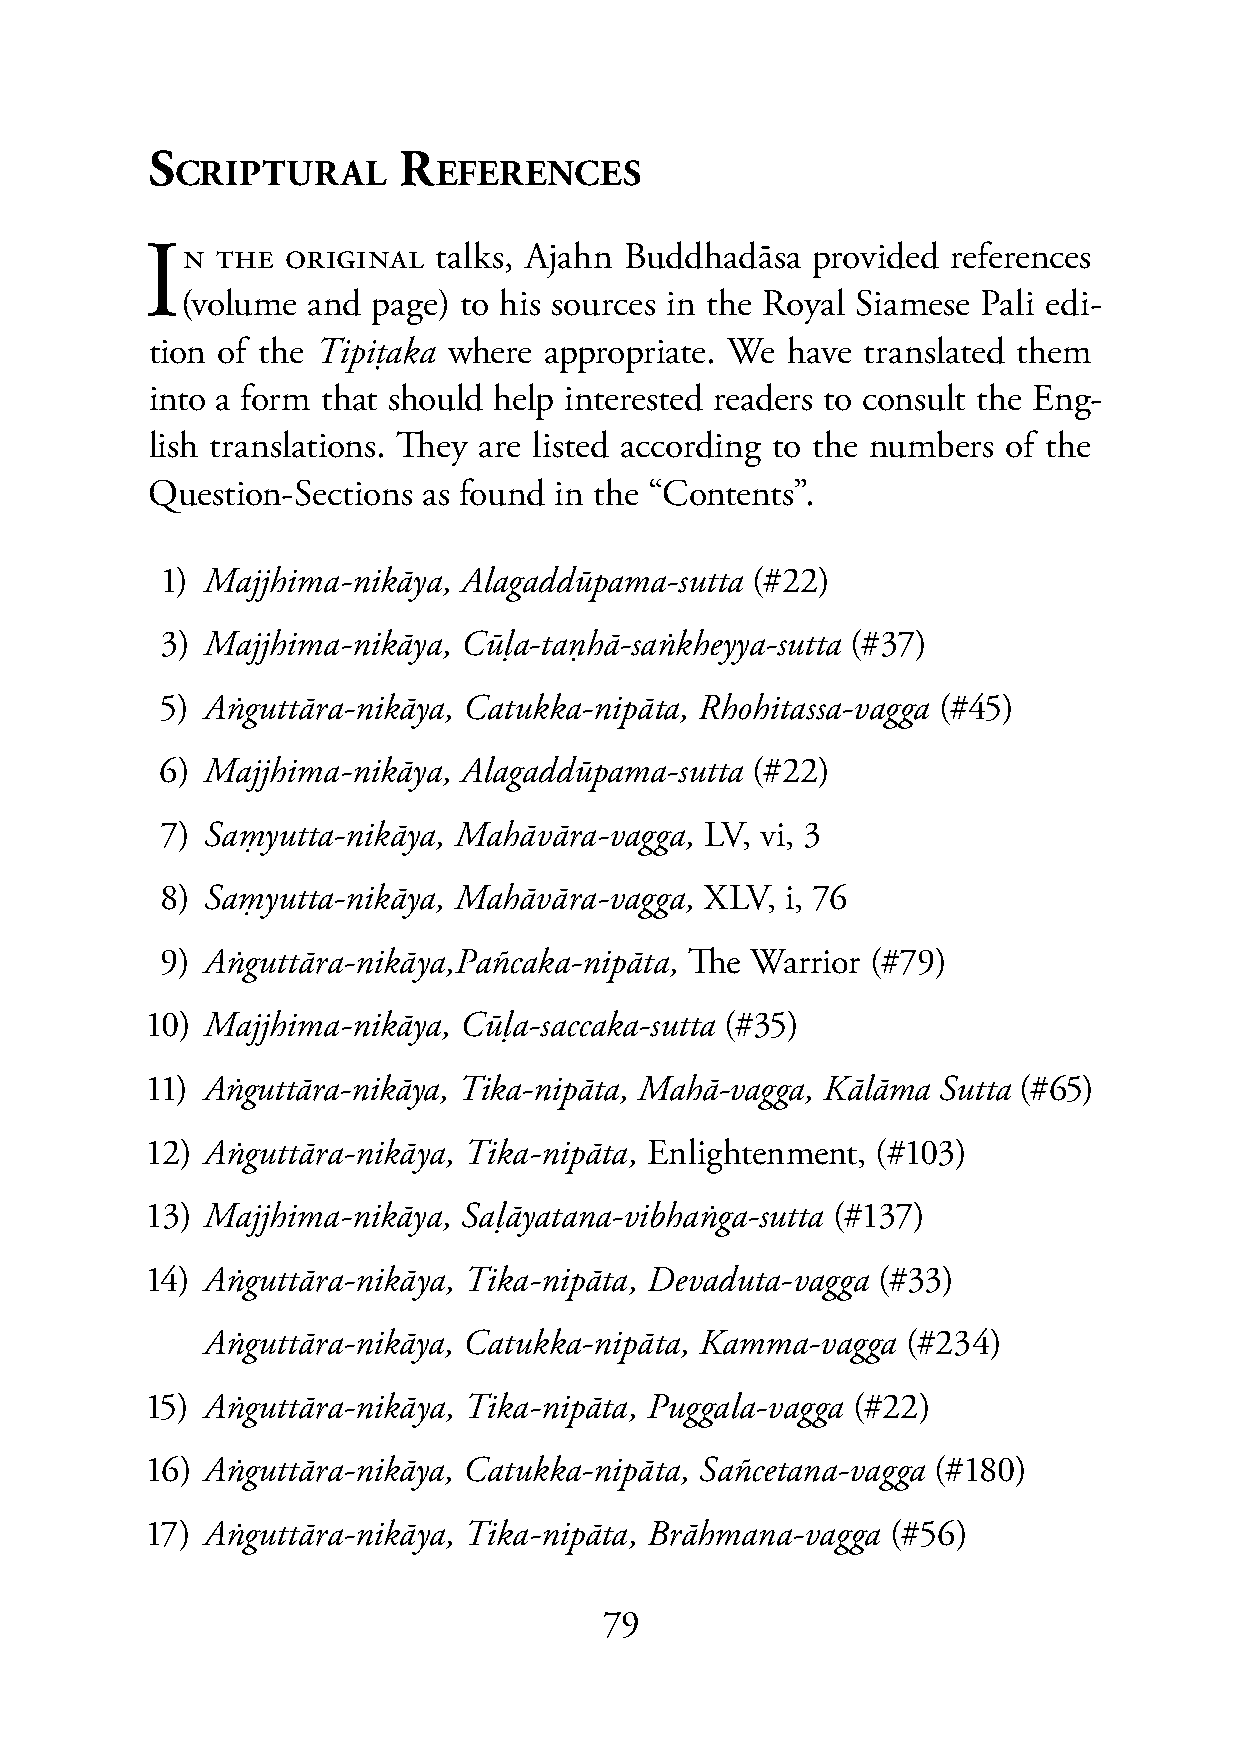
S               R
 CRIPTURAL        EFERENCES
 IN  THE  ORIGINAL  talks, Ajahn Buddhadāsa  provided references
 (volume and  page) to his sources in the Royal Siamese Pali edi-
 tion of the Tipiṭaka where appropriate. We have translated them
 into a form that should help interested readers to consult the Eng-
 lish translations. They are listed according to the numbers of the
 Question-Sections as found in the “Contents”.
 1) Majjhima-nikāya, Alagaddūpama-sutta (#22)
 3) Majjhima-nikāya, Cūḷa-taṇhā-saṅkheyya-sutta (#37)
 5) Aṅguttāra-nikāya, Catukka-nipāta, Rhohitassa-vagga (#45)
 6) Majjhima-nikāya, Alagaddūpama-sutta (#22)
 7) Saṃyutta-nikāya, Mahāvāra-vagga, LV, vi, 3
 8) Saṃyutta-nikāya, Mahāvāra-vagga, XLV, i, 76
 9) Aṅguttāra-nikāya,Pañcaka-nipāta, The Warrior (#79)
 10) Majjhima-nikāya, Cūḷa-saccaka-sutta (#35)
 11) Aṅguttāra-nikāya, Tika-nipāta, Mahā-vagga, Kālāma Sutta (#65)
 12) Aṅguttāra-nikāya, Tika-nipāta, Enlightenment, (#103)
 13) Majjhima-nikāya, Saḷāyatana-vibhaṅga-sutta (#137)
 14) Aṅguttāra-nikāya, Tika-nipāta, Devaduta-vagga (#33)
 Aṅguttāra-nikāya, Catukka-nipāta, Kamma-vagga  (#234)
 15) Aṅguttāra-nikāya, Tika-nipāta, Puggala-vagga (#22)
 16) Aṅguttāra-nikāya, Catukka-nipāta, Sañcetana-vagga (#180)
 17) Aṅguttāra-nikāya, Tika-nipāta, Brāhmana-vagga (#56)
 79